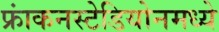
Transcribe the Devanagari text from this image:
फ्रांकनस्टेडियोनमध्ये